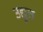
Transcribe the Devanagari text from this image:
उद्युत्त